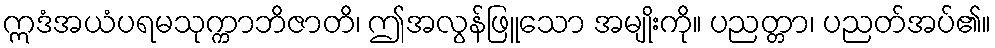
ဣဒံအယံပရမသုက္ကာဘိဇာတိ၊ ဤအလွန်ဖြူသော အမျိုးကို။ ပညတ္တာ၊ ပညတ်အပ်၏။